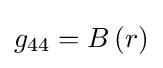
g_{44}=B\left(r\right)